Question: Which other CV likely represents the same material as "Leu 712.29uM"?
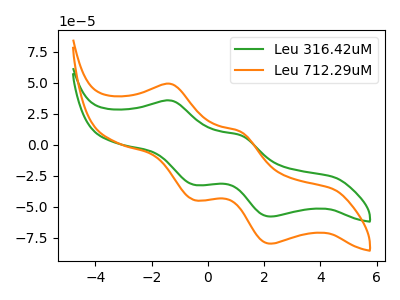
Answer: <think>The green curve "Leu 316.42uM" has anodic peaks at (-1.30V, 35.50uA) (1.15V, 7.45uA) and cathodic peaks at (-0.50V, -32.45uA) (2.25V, -58.00uA). The orange curve "Leu 712.29uM" has anodic peaks at (-1.30V, 48.85uA) (1.15V, 10.25uA) and cathodic peaks at (-0.50V, -44.70uA) (2.25V, -79.90uA).
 All the peaks in "Leu 316.42uM" have a peak in "Leu 712.29uM" at the same potential. Every peak in "Leu 316.42uM" is lower than every peak in "Leu 712.29uM".</think>
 <answer>The CV with the most similar shape to "Leu 316.42uM" is "Leu 712.29uM".</answer>
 <eval>"Leu 712.29uM"</eval>